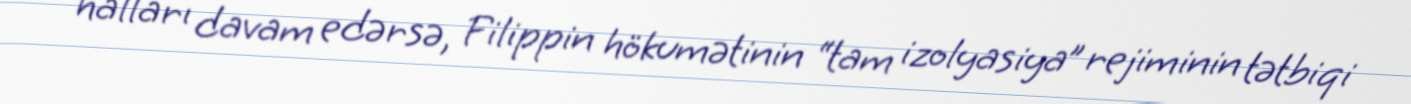
halları davam edərsə, Filippin hökumətinin “tam izolyasiya” rejiminin tətbiqi